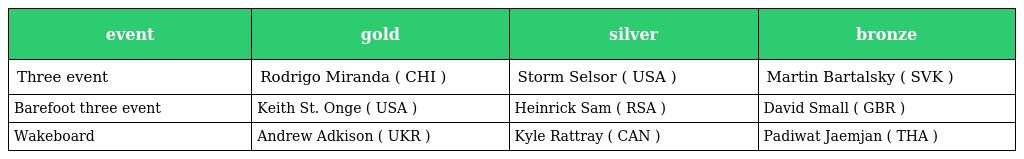
| event | gold | silver | bronze |
 | --- | --- | --- | --- |
 | Three event | Rodrigo Miranda ( CHI ) | Storm Selsor ( USA ) | Martin Bartalsky ( SVK ) |
 | Barefoot three event | Keith St. Onge ( USA ) | Heinrick Sam ( RSA ) | David Small ( GBR ) |
 | Wakeboard | Andrew Adkison ( UKR ) | Kyle Rattray ( CAN ) | Padiwat Jaemjan ( THA ) |